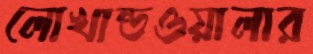
লোখান্ডওয়ালার